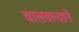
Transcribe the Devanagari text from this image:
चालवल्याने